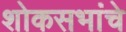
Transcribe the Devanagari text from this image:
शोकसभांचे